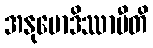
အနုမောဒိဿာမီတိ